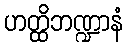
ဟတ္ထိဘဏ္ဍာနံ